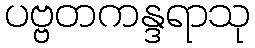
ပဗ္ဗတကန္ဒရာသု